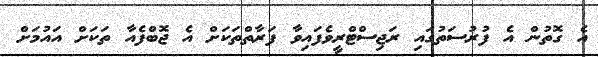
އެ ގޮތުން އެ ފުރުސަތުގައި ރަޖިސްޓްރީވެފައިވާ ފަރާތްތަކަށް އެ ޖޮބްފެއާ ތަކަށް އައުމަށް